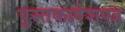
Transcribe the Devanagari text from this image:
पुस्तकादेशपत्र